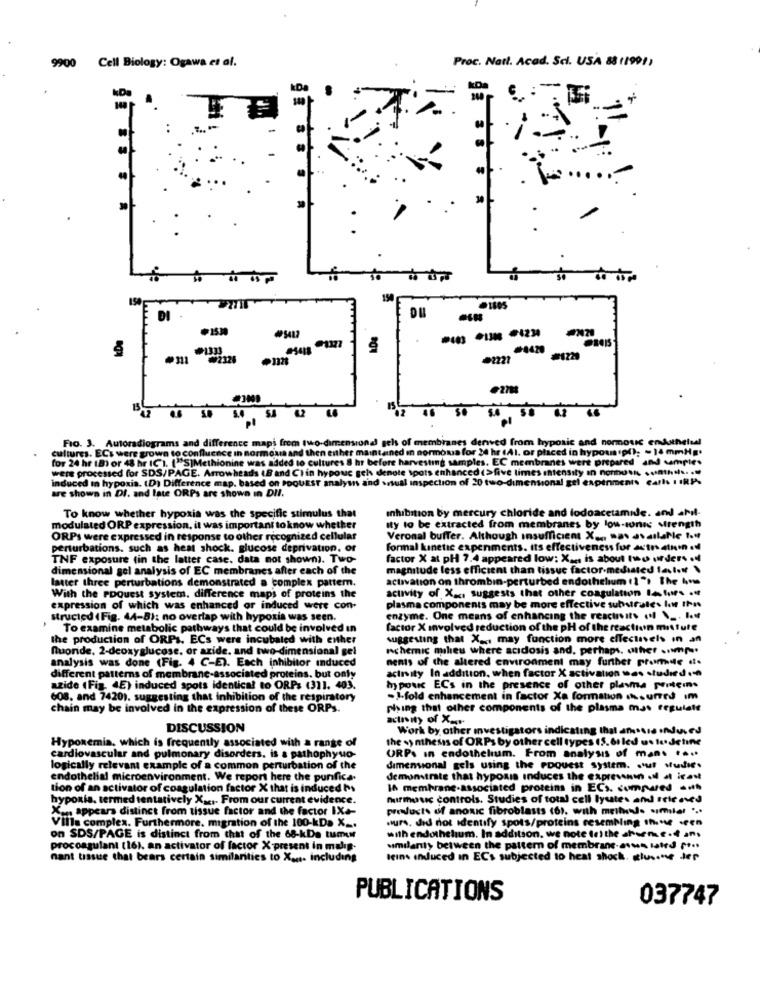
Cell Biology: Ogawa et al.
Proc. Natt. Acod. Srl. USA 8811991)
9900
+
=
30
.
154
DI
.1530
45412
#1333
4420
₩2325
2221
.271
5.6
-
SA
Fio. 3. Autoradiograms and difference mapi from two-dimensional gels of membranes derved from hypoxic and normouc endothelel
cultures. ECs were grown to confluence in normoura and then enther maintained in normousa for 24 hr (A1. or placed in hypoup(); - 14 mmHg.
for 24 hr (B) or 48 hr ICI. ("S]Methionine was added to cultures 8 hr before harvesting samples. EC membranes were prepared and samples
were processed for SDS/PAGE. Arrowheads 18 and CIin hypouc gels denote spots enhanced (>five times intensity ın nonnous .... th ... ...
induced in hypoxia. (D) Difference map. based on PoouEST analysis and visual inspection of 20 two-dimensional gel expenments carls I IRIA.
are shown in DI. and late ORPs are shown in DIl.
To know whether hypoxia was the specific stimulus that
inhibition by mercury chloride and lodoacetamide. and abil-
modulated ORP expression, it was important to know whether
Ity to be extracted from membranes by low-tones strength
ORPs were expressed in response to other recognized cellular
Veronal buffer. Although Insufficient X ... mas available to#
perturbations. such as heat shock. glucose deprivation, or
formal kinetic expenments. its effectiveness for actes ethin edf
TNF exposure (in the latter case. data not shown). Two-
factor X at pH 7.4 appeared low: X ... is about two urders .l
dimensional gel analysis of EC membranes after each of the
magnitude less efficient than tissue factor-mediated faster
latter three perturbations demonstrated a complex pattern.
activation on thrombin-perturbed endothelum (1", The ims
activity of Xx, suggests that other coagulation letur .f
With the PDQuest system. difference maps of proteins the
expression of which was enhanced or induced were con-
plasma components may be more effective substrates lor Ihn
structcd (Fig. 44-8): no overlap with hypoxia was seen.
enzyme. One means of enhancing the reactivity (f \ _. It
To examine metabolic pathways that could be involved in
factor X involved reduction of the pH of the reaction misture
the production of ORPs. ECs were incubated with either
suggesting that X _.. may function more effectivels in an
fuoride, 2-deoxyglucose, or azide, and two-dimensional gel
wchemic milieu where acidosis and. perhaps. wher cumps
analysis was done (Fig. 4 C-E). Each inhibitor induced
nents of the altered environment may further promde ..
activity In addition, when factor X activation was studied .
different patterns of membrane-associated proteins. but only
azide (Fig. 4E) induced spots identical to ORP: (311. 403.
hypouc ECs in the presence of other plavma peitems
608, and 7420). suggesting that inhibition of the respiratory
-I-fold enhancement in factor Xa formation .surred im
chain may be involved in the expression of these ORPs.
phing that other components of the plasma mas regulalt
actrity of X ..
DISCUSSION
Work by other investigators indica
ing that ansia Induved
Hypoxemia, which is frequently associated with a range of
the >> mhems of ORPs by other cell types (5. 61 led wo te. detine
cardiovascular and pulmonary disorders. is a pathophyso-
URP. ın endothelium. From analysis of man. ....
logically relevant example of a common perturbation of the
dimensional gels using the Poouest system. out Mudie.
endothelial microenvironment. We report here the purifica.
demonstrate that hypoxis induces the exprevenin .il at icant
tion of an activator of coagulation factor X that is induced hs
Is membrane-associated proteins in ECs. compared -wh
hypoxia, termed tentatively X ..... From our current evidence.
nurmos controls. Studies of total cell lyutes and releaved
Xan appears distinct from tissue factor and the factor IX+-
products of anoxic fibroblasts (61. with methen. similar ...
wire. did not identify spots/proteins resembling thise-een
Villa complex. Furthermore, migration of the 100 kDa X __.
on SDS/PAGE is distinct from that of the 68-kDe tumor
with endothelium. In addition, we note (e) the sterne .dans
procoagulant (16). an activator of factor X present in mulig-
similarly between the pattern of membrane-asus lated pt
nant tissue that bears certain similarities to Xa. Includ
ding
leins induced in ECs subjected to heat shock. clusone der
PUBLICATIONS
037747